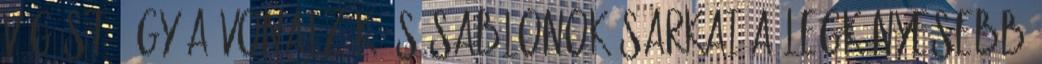
vágást. Így a vonalzók és sablonok sarkai a legkényesebb